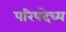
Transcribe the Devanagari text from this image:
परिषदेच्य